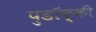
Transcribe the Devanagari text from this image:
पुडॉक्की